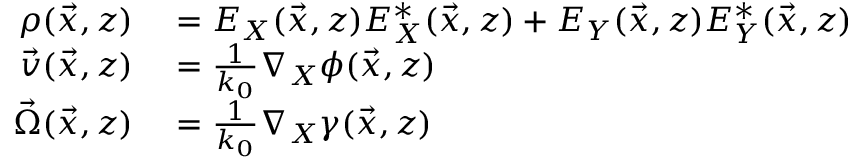
\begin{array} { r l } { \rho ( \vec { x } , z ) } & { { } = E _ { X } ( \vec { x } , z ) E _ { X } ^ { * } ( \vec { x } , z ) + E _ { Y } ( \vec { x } , z ) E _ { Y } ^ { * } ( \vec { x } , z ) } \\ { \vec { v } ( \vec { x } , z ) } & { { } = \frac { 1 } { k _ { 0 } } \nabla _ { X } \phi ( \vec { x } , z ) } \\ { \vec { \Omega } ( \vec { x } , z ) } & { { } = \frac { 1 } { k _ { 0 } } \nabla _ { X } \gamma ( \vec { x } , z ) } \end{array}